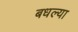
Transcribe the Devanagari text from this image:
बधल्या